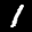
Label: 1